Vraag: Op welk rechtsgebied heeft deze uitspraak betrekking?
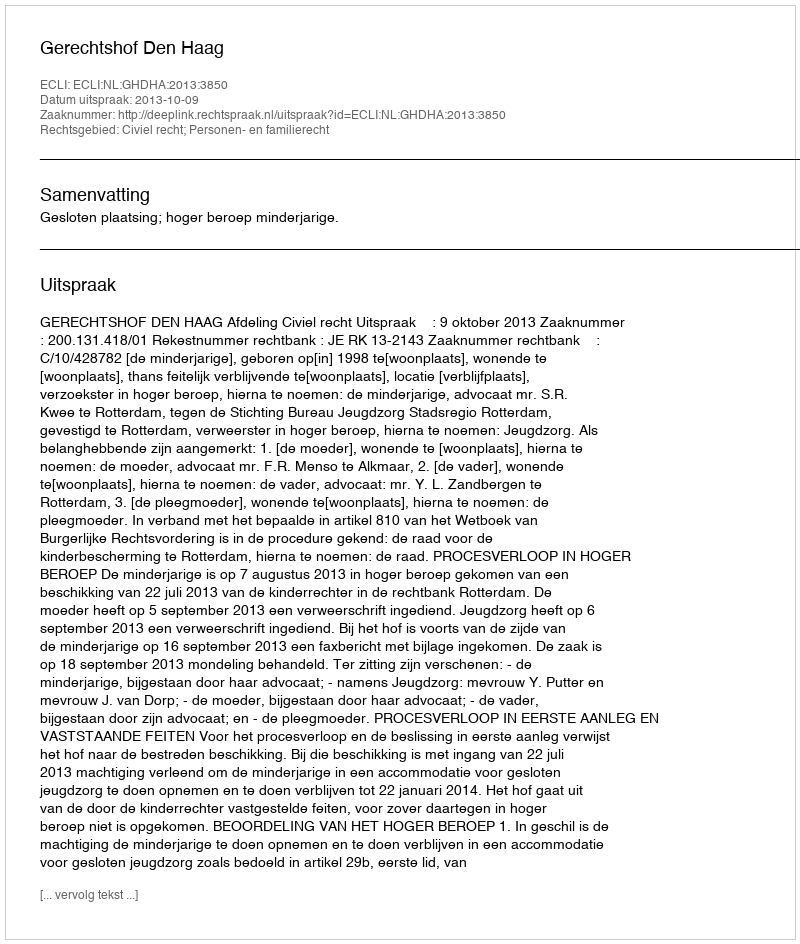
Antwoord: Civiel recht; Personen- en familierecht